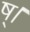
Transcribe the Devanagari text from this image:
ष्।